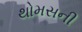
થોમસની